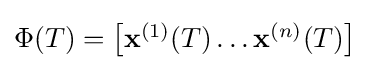
\Phi (T)={\begin{bmatrix}\mathbf {x} ^{(1)}(T)\ldots \mathbf {x} ^{(n)}(T)\end{bmatrix}}